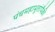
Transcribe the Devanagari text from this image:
पंचमहाभूतांपैकी